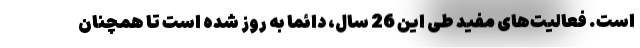
است. فعالیت‌های مفید طی این 26 سال، دائما به روز شده است تا همچنان